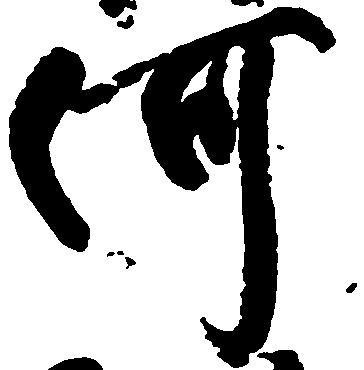
河